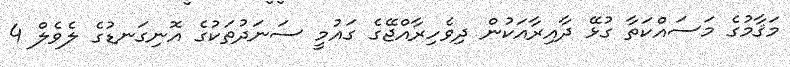
މަޤާމުގެ މަސައްކަތާ ގުޅޭ ދާއިރާއަކުން ދިވެހިރާއްޖޭގެ ގައުމީ ސަނަދުތަކުގެ އޮނިގަނޑުގެ ލެވެލް 4